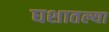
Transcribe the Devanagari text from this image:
घशातल्या